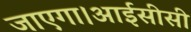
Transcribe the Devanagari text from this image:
जाएगा।आईसीसी